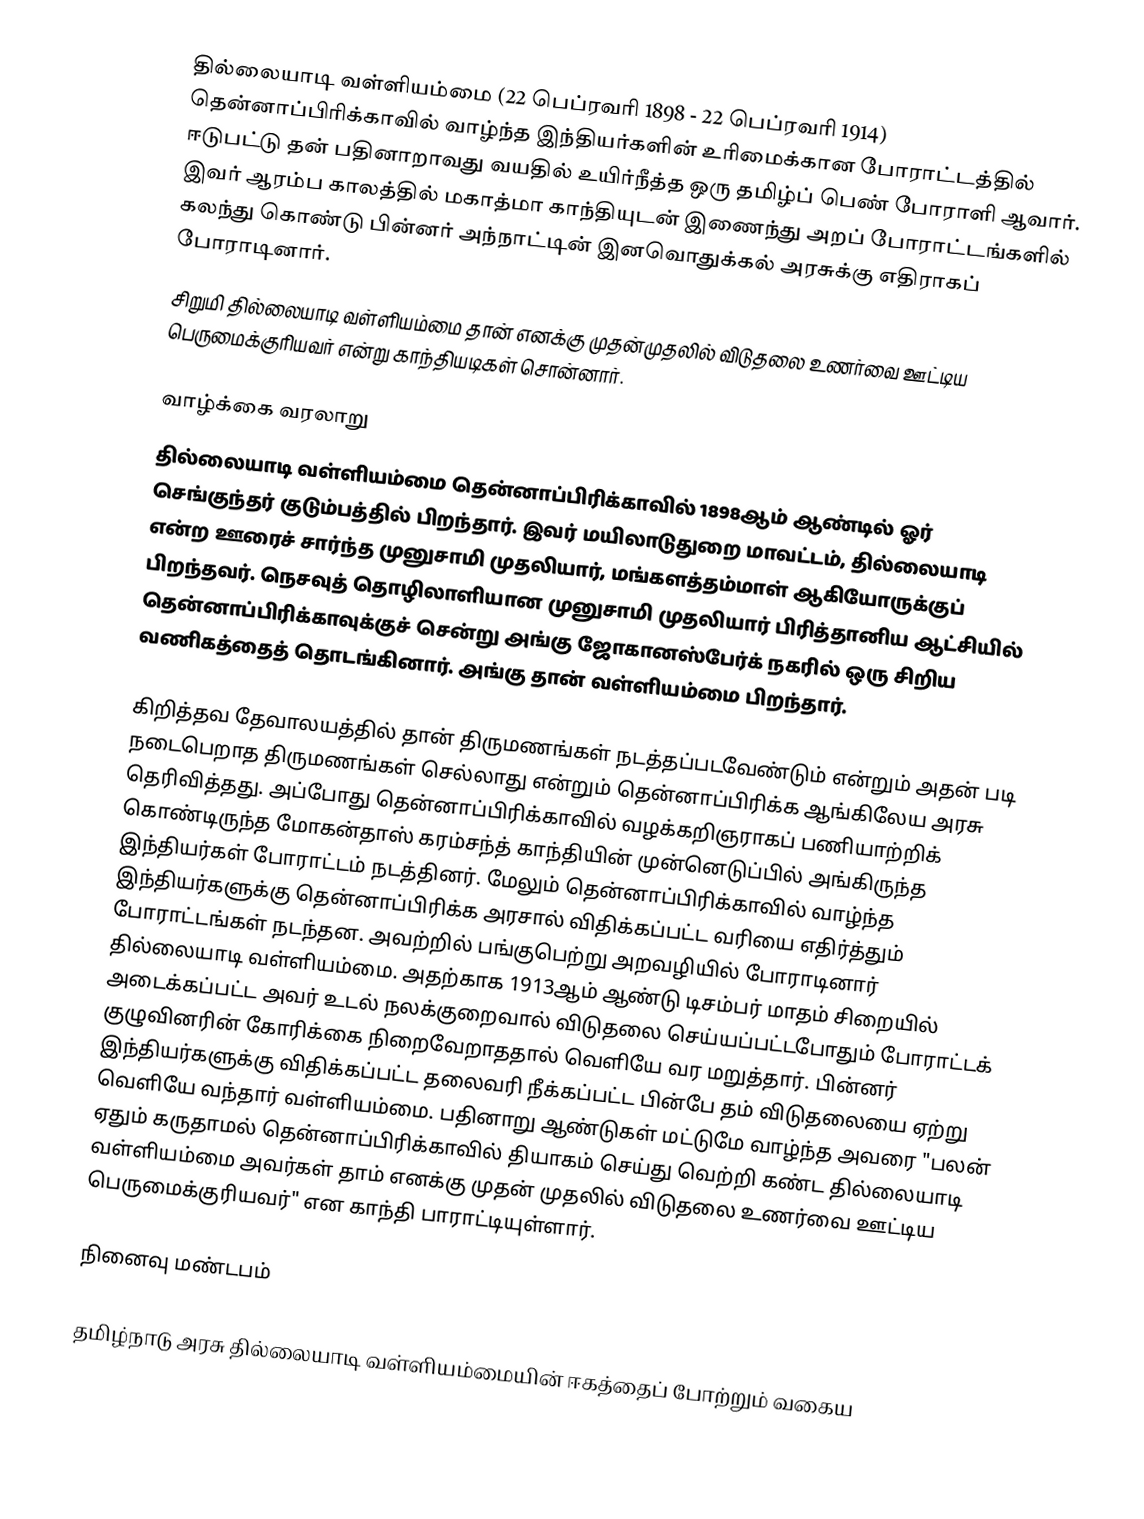
தில்லையாடி வள்ளியம்மை (22 பெப்ரவரி 1898 - 22 பெப்ரவரி 1914) தென்னாப்பிரிக்காவில் வாழ்ந்த இந்தியர்களின் உரிமைக்கான போராட்டத்தில் ஈடுபட்டு தன் பதினாறாவது வயதில் உயிர்நீத்த ஒரு தமிழ்ப் பெண் போராளி ஆவார். இவர் ஆரம்ப காலத்தில் மகாத்மா காந்தியுடன் இணைந்து அறப் போராட்டங்களில் கலந்து கொண்டு பின்னர் அந்நாட்டின் இனவொதுக்கல் அரசுக்கு எதிராகப் போராடினார்.
சிறுமி தில்லையாடி வள்ளியம்மை  தான் எனக்கு முதன்முதலில் விடுதலை உணர்வை ஊட்டிய பெருமைக்குரியவர் என்று காந்தியடிகள் சொன்னார்.

வாழ்க்கை வரலாறு
தில்லையாடி வள்ளியம்மை தென்னாப்பிரிக்காவில் 1898ஆம் ஆண்டில் ஓர் செங்குந்தர் குடும்பத்தில் பிறந்தார். இவர் மயிலாடுதுறை மாவட்டம்,  தில்லையாடி என்ற ஊரைச் சார்ந்த முனுசாமி முதலியார், மங்களத்தம்மாள் ஆகியோருக்குப் பிறந்தவர். நெசவுத் தொழிலாளியான முனுசாமி முதலியார் பிரித்தானிய ஆட்சியில் தென்னாப்பிரிக்காவுக்குச் சென்று அங்கு ஜோகானஸ்பேர்க் நகரில் ஒரு சிறிய வணிகத்தைத் தொடங்கினார். அங்கு தான் வள்ளியம்மை பிறந்தார்.

கிறித்தவ தேவாலயத்தில் தான் திருமணங்கள் நடத்தப்படவேண்டும் என்றும் அதன் படி நடைபெறாத திருமணங்கள் செல்லாது என்றும் தென்னாப்பிரிக்க ஆங்கிலேய அரசு தெரிவித்தது. அப்போது தென்னாப்பிரிக்காவில் வழக்கறிஞராகப் பணியாற்றிக் கொண்டிருந்த மோகன்தாஸ் கரம்சந்த் காந்தியின் முன்னெடுப்பில் அங்கிருந்த இந்தியர்கள் போராட்டம் நடத்தினர். மேலும் தென்னாப்பிரிக்காவில் வாழ்ந்த இந்தியர்களுக்கு தென்னாப்பிரிக்க அரசால் விதிக்கப்பட்ட வரியை எதிர்த்தும் போராட்டங்கள் நடந்தன. அவற்றில் பங்குபெற்று அறவழியில் போராடினார் தில்லையாடி வள்ளியம்மை. அதற்காக 1913ஆம் ஆண்டு   டிசம்பர் மாதம் சிறையில் அடைக்கப்பட்ட அவர் உடல்  நலக்குறைவால் விடுதலை செய்யப்பட்டபோதும் போராட்டக் குழுவினரின் கோரிக்கை நிறைவேறாததால் வெளியே வர மறுத்தார். பின்னர் இந்தியர்களுக்கு விதிக்கப்பட்ட தலைவரி நீக்கப்பட்ட பின்பே தம் விடுதலையை ஏற்று வெளியே வந்தார் வள்ளியம்மை. பதினாறு ஆண்டுகள் மட்டுமே வாழ்ந்த அவரை "பலன் ஏதும் கருதாமல் தென்னாப்பிரிக்காவில் தியாகம் செய்து வெற்றி கண்ட தில்லையாடி வள்ளியம்மை அவர்கள் தாம் எனக்கு முதன் முதலில் விடுதலை உணர்வை ஊட்டிய பெருமைக்குரியவர்" என காந்தி பாராட்டியுள்ளார்.

நினைவு மண்டபம்

தமிழ்நாடு அரசு தில்லையாடி வள்ளியம்மையின் ஈகத்தைப் போற்றும் வகைய